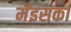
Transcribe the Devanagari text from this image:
मेंइसका